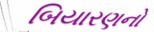
બિયારણનો